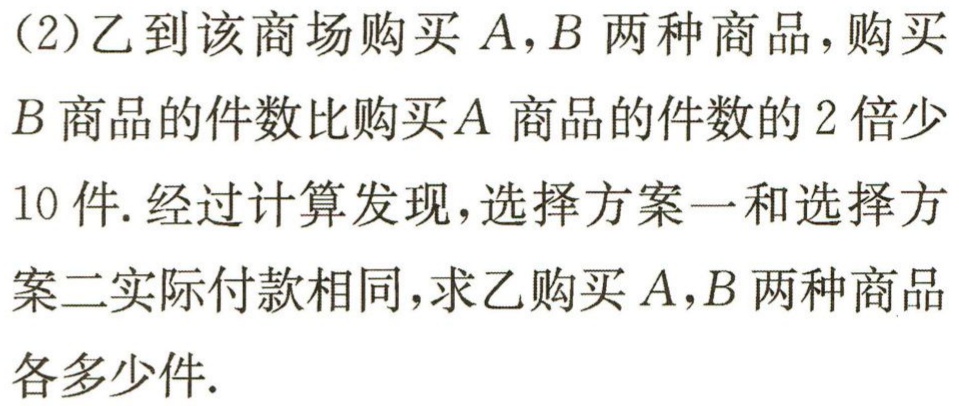
(2)乙到该商场购买\(A,B\)两种商品，购买\(B\)商品的件数比购买\(A\)商品的件数的\(2\)倍少\(10\)件. 经过计算发现，选择方案一和选择方案二实际付款相同，求乙购买\(A,B\)两种商品各多少件.